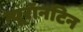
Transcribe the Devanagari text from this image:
न्यूरॉनटिन